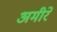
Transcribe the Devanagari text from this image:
अमीरे